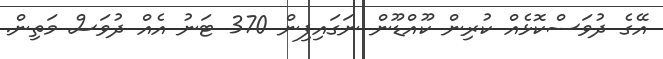
އޭގެ ދުވަސްކޮޅެއް ކުރިން ކޫއްޑޫން ނަގައިފިން 370 ޓަނު އެއް ދުވަސް މަތިން.